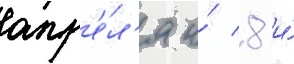
апр'е́л'я и́ 8 и́